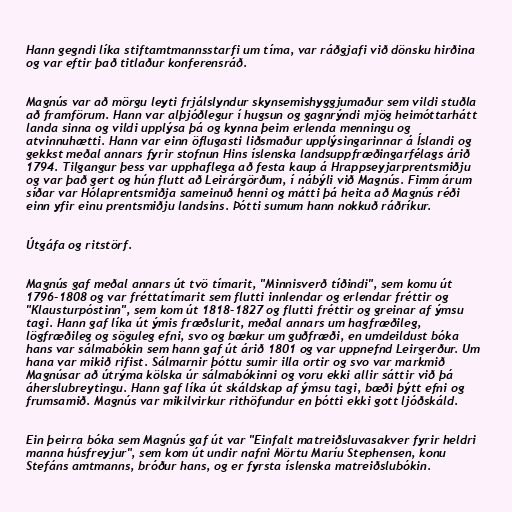
Hann gegndi líka stiftamtmannsstarfi um tíma, var ráðgjafi við dönsku hirðina
og var eftir það titlaður konferensráð.

Magnús var að mörgu leyti frjálslyndur skynsemishyggjumaður sem vildi stuðla
að framförum. Hann var alþjóðlegur í hugsun og gagnrýndi mjög heimóttarhátt
landa sinna og vildi upplýsa þá og kynna þeim erlenda menningu og
atvinnuhætti. Hann var einn öflugasti liðsmaður upplýsingarinnar á Íslandi og
gekkst meðal annars fyrir stofnun Hins íslenska landsuppfræðingarfélags árið
1794. Tilgangur þess var upphaflega að festa kaup á Hrappseyjarprentsmiðju
og var það gert og hún flutt að Leirárgörðum, í nábýli við Magnús. Fimm árum
síðar var Hólaprentsmiðja sameinuð henni og mátti þá heita að Magnús réði
einn yfir einu prentsmiðju landsins. Þótti sumum hann nokkuð ráðríkur.

Útgáfa og ritstörf.

Magnús gaf meðal annars út tvö tímarit, "Minnisverð tíðindi", sem komu út
1796-1808 og var fréttatímarit sem flutti innlendar og erlendar fréttir og
"Klausturpóstinn", sem kom út 1818-1827 og flutti fréttir og greinar af ýmsu
tagi. Hann gaf líka út ýmis fræðslurit, meðal annars um hagfræðileg,
lögfræðileg og söguleg efni, svo og bækur um guðfræði, en umdeildust bóka
hans var sálmabókin sem hann gaf út árið 1801 og var uppnefnd Leirgerður. Um
hana var mikið rifist. Sálmarnir þóttu sumir illa ortir og svo var markmið
Magnúsar að útrýma kölska úr sálmabókinni og voru ekki allir sáttir við þá
áherslubreytingu. Hann gaf líka út skáldskap af ýmsu tagi, bæði þýtt efni og
frumsamið. Magnús var mikilvirkur rithöfundur en þótti ekki gott ljóðskáld.

Ein þeirra bóka sem Magnús gaf út var "Einfalt matreiðsluvasakver fyrir heldri
manna húsfreyjur", sem kom út undir nafni Mörtu Maríu Stephensen, konu
Stefáns amtmanns, bróður hans, og er fyrsta íslenska matreiðslubókin.